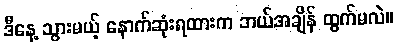
ဒီနေ့ သွားမယ့် နောက်ဆုံးရထားက ဘယ်အချိန် ထွက်မလဲ။